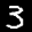
Label: 3